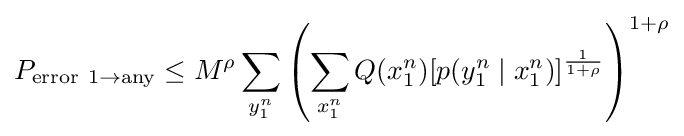
P_{\mathrm {error} \ 1\to \mathrm {any} }\leq M^{\rho }\sum _{y_{1}^{n}}\left(\sum _{x_{1}^{n}}Q(x_{1}^{n})[p(y_{1}^{n}\mid x_{1}^{n})]^{\frac {1}{1+\rho }}\right)^{1+\rho }